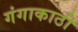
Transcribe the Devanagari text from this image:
गंगाकाठी